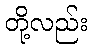
တို့လည်း